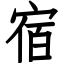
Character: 宿